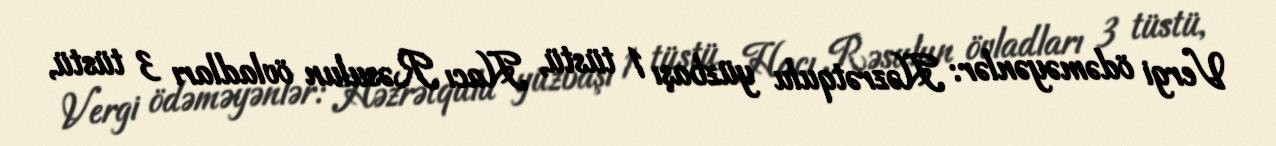
Vergi ödəməyənlər: Həzrətqulu yüzbaşı 1 tüstü, Hacı Rəsulun övladları 3 tüstü,